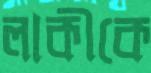
লাকীকে